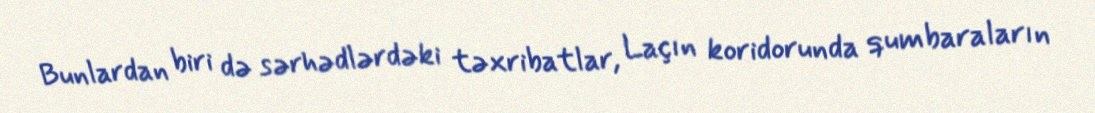
Bunlardan biri də sərhədlərdəki təxribatlar, Laçın koridorunda qumbaraların